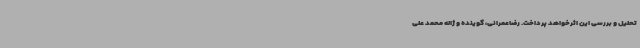
تحلیل و بررسی این اثرخواهد پرداخت. رضاعمرانی، گوینده و ژاله محمد علی